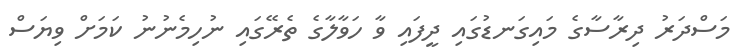
މަސްދަރު ދިރާސާގެ މައިގަނޑުގައި ދީފައި ވާ ހަވާލާގެ ތެރޭގައި ނުހިމެނުނު ކަމަށް ވިޔަސް